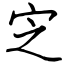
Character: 㝎